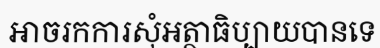
អាចរកការសុំអត្ថាធិប្បាយបានទេ